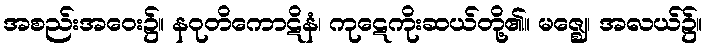
အစည်းအဝေး၌။ နဝုတိကောဋိနံ၊ ကုဋေကိုးဆယ်တို့၏။ မဇ္ဈေ၊ အလယ်၌။